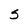
Character: 5